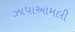
ઝાપાઆમલી